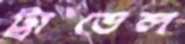
ট্রাভেল